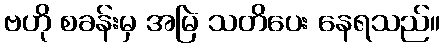
ဗဟို စခန်းမှ အမြဲ သတိပေး နေရသည်။